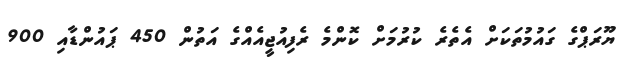
ޔޫރަޕްގެ ގައުމުތަކަށް އެތެރެ ކުރުމަށް ކޮންމެ ރެފިއުޖީއެއްގެ އަތުން 450 ޕައުންޑާއި 900